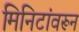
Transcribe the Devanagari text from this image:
मिनिटांवरून